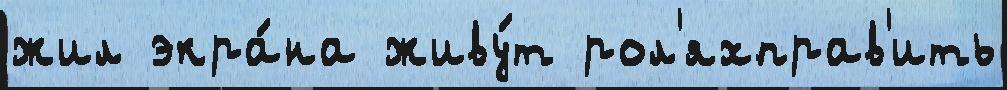
жил экра́на живу́т рол'яхправ'ить